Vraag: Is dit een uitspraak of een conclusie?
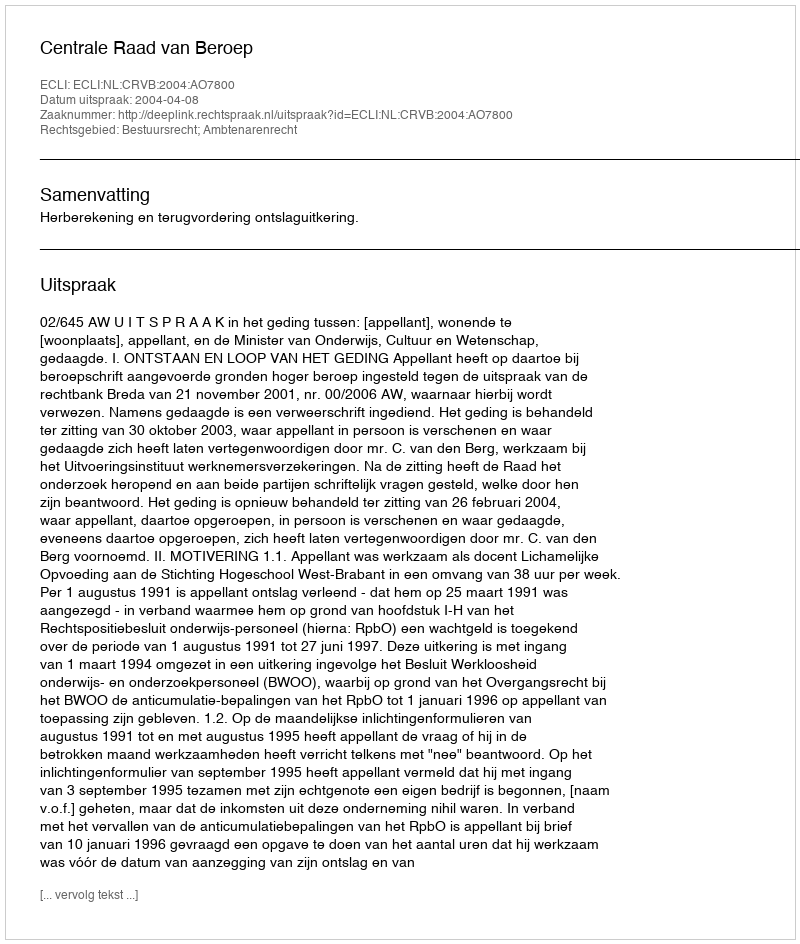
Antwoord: Uitspraak